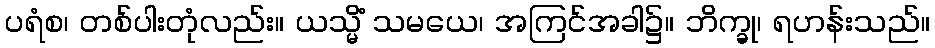
ပရံစ၊ တစ်ပါးတုံလည်း။ ယသ္မိံ သမယေ၊ အကြင်အခါ၌။ ဘိက္ခု၊ ရဟန်းသည်။